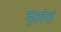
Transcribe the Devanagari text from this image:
मृतांनां